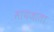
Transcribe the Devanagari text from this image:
सायजाता